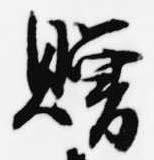
贈